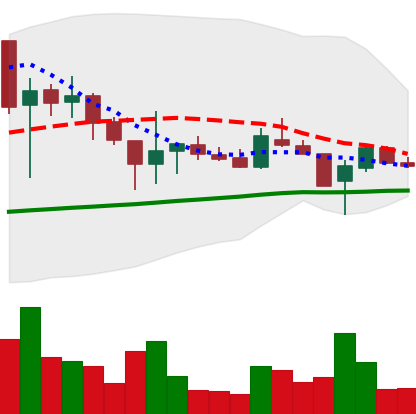
Ticker: LTC-USD
Chart end date: 2017-11-05
Forward return: 8.245%
Label: up_7plus